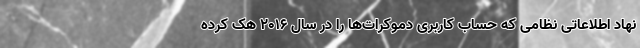
نهاد اطلاعاتی نظامی که حساب کاربری دموکرات‌ها را در سال ۲۰۱۶ هک کرده